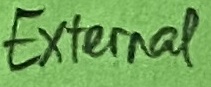
Text: External